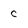
Character: c